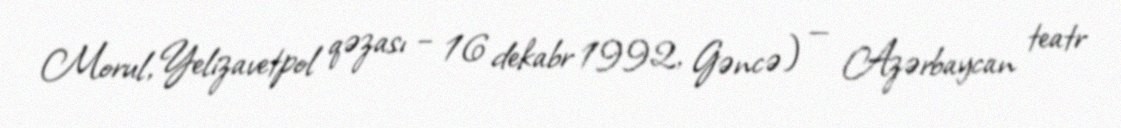
Morul, Yelizavetpol qəzası – 16 dekabr 1992, Gəncə) — Azərbaycan teatr